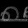
Digit: ၈